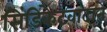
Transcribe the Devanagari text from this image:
सिंडिकेटवादाने